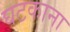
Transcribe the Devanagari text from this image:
घटकाना